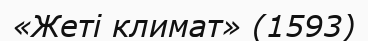
«Жеті климат» (1593)